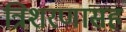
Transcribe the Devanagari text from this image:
त्रिशरणासह